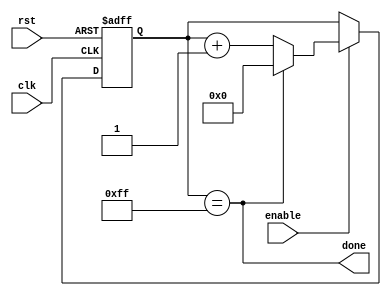
`timescale 1ns / 1ps

module timer
#(parameter final_value=255)(
input clk,rst,enable,
output done);

localparam BITS = $clog2(final_value);

reg [BITS -1 :0] Q_reg,Q_next;
always@(posedge clk, negedge rst)
begin
 if(~rst)
Q_reg <= 'b0;
else if(enable)
Q_reg <= Q_next;
else
Q_reg <= Q_reg;
end

assign done = (Q_reg == final_value);

always@(*)
Q_next = done? 0: Q_reg+1;

endmodule